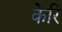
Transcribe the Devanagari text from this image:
केरि